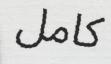
كامل